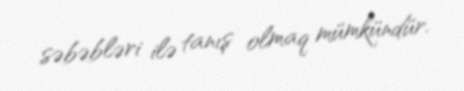
səbəbləri ilə tanış olmaq mümkündür.